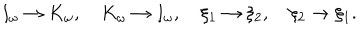
LaTeX: I _ { \omega } \rightarrow K _ { \omega } , \quad K _ { \omega } \rightarrow I _ { \omega } , \quad \xi _ { 1 } \rightarrow \xi _ { 2 } , \quad \xi _ { 2 } \rightarrow \xi _ { 1 } .